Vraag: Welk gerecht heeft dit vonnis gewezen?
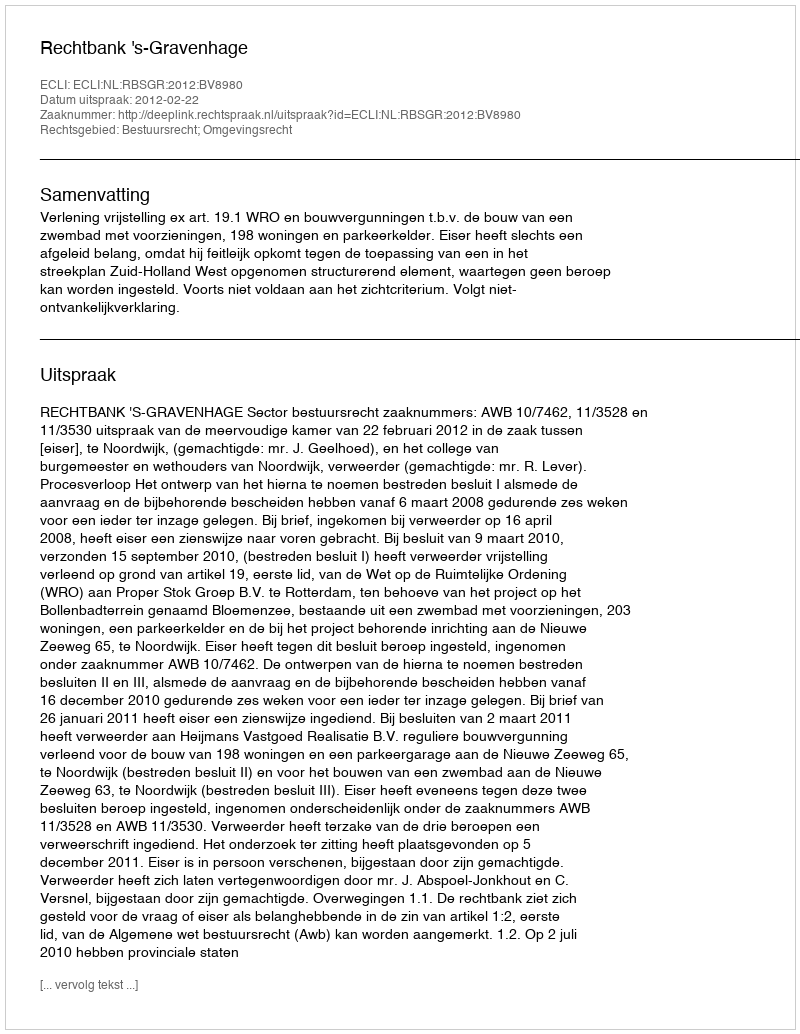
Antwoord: Rechtbank 's-Gravenhage